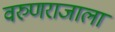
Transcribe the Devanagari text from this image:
वरुणराजाला